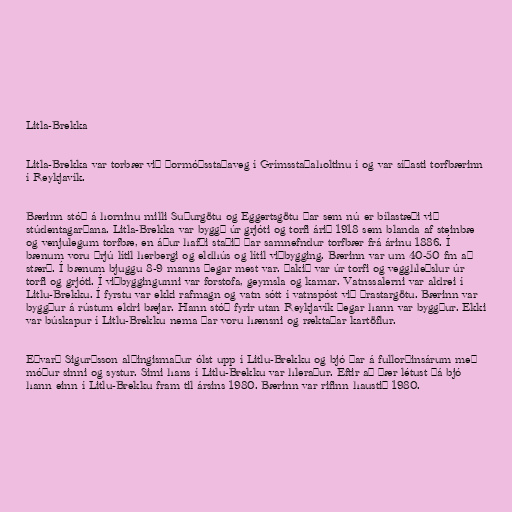
Litla-Brekka

Litla-Brekka var torbær við Þormóðsstaðaveg í Grímsstaðaholtinu í og var síðasti torfbærinn
í Reykjavík.

Bærinn stóð á horninu milli Suðurgötu og Eggertsgötu þar sem nú er bílastæði við
stúdentagarðana. Litla-Brekka var byggð úr grjóti og torfi árið 1918 sem blanda af steinbæ
og venjulegum torfbæ, en áður hafði staðið þar samnefndur torfbær frá árinu 1886. Í
bænum voru þrjú lítil herbergi og eldhús og lítil viðbygging. Bærinn var um 40-50 fm að
stærð. Í bænum bjuggu 8-9 manns þegar mest var. Þakið var úr torfi og vegghleðslur úr
torfi og grjóti. Í viðbyggingunni var forstofa, geymsla og kamar. Vatnssalerni var aldrei í
Litlu-Brekku. Í fyrstu var ekki rafmagn og vatn sótt í vatnspóst við Þrastargötu. Bærinn var
byggður á rústum eldri bæjar. Hann stóð fyrir utan Reykjavík þegar hann var byggður. Ekki
var búskapur í Litlu-Brekku nema þar voru hænsni og ræktaðar kartöflur.

Eðvarð Sigurðsson alþingismaður ólst upp í Litlu-Brekku og bjó þar á fullorðinsárum með
móður sinni og systur. Simi hans í Litlu-Brekku var hleraður. Eftir að þær létust þá bjó
hann einn í Litlu-Brekku fram til ársins 1980. Bærinn var rifinn haustið 1980.